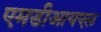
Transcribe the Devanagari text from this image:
एमडीआयएल